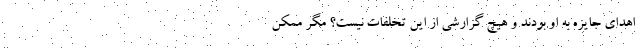
اهدای جایزه به او بودند و هیچ گزارشی از این تخلفات نیست؟ مگر ممکن